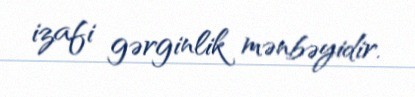
izafi gərginlik mənbəyidir.